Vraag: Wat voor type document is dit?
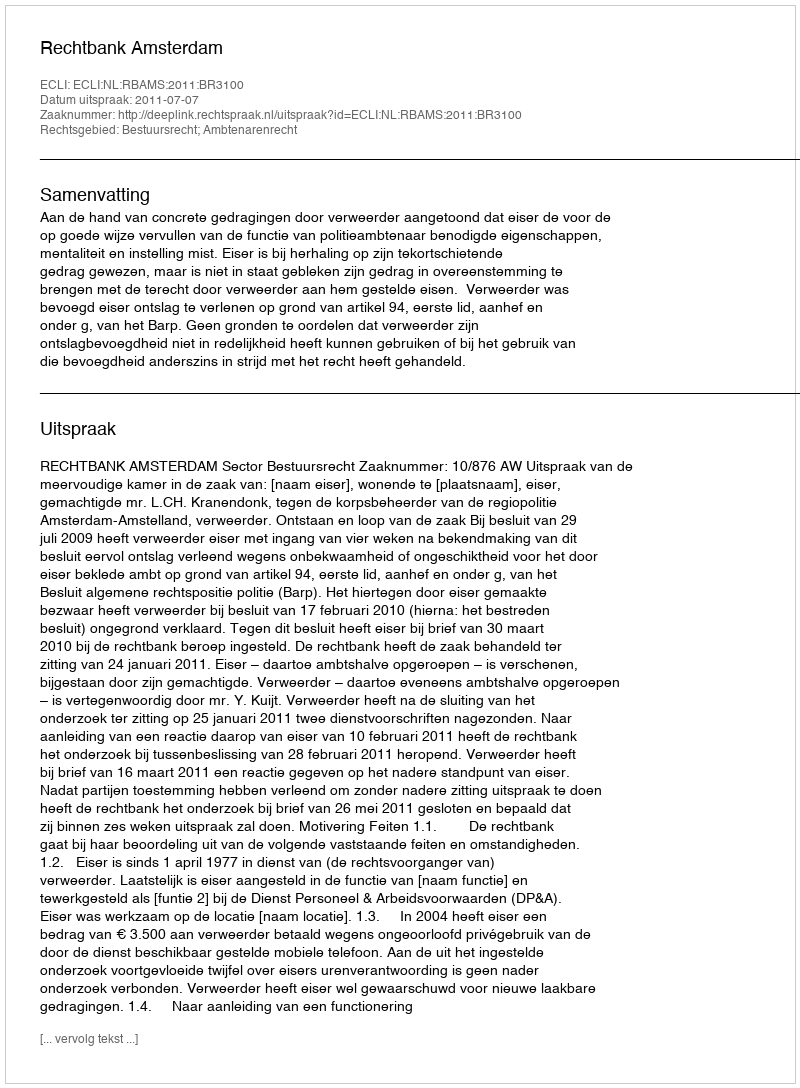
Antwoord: Uitspraak